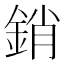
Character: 銷